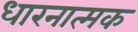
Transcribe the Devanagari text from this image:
धारनात्मक